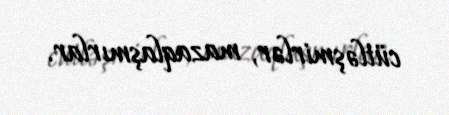
cütləşmirlər, mazaqlaşmırlar.